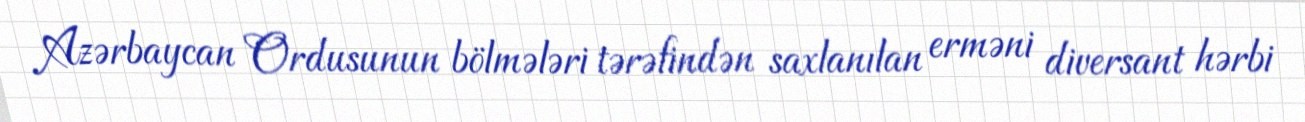
Azərbaycan Ordusunun bölmələri tərəfindən saxlanılan erməni diversant hərbi